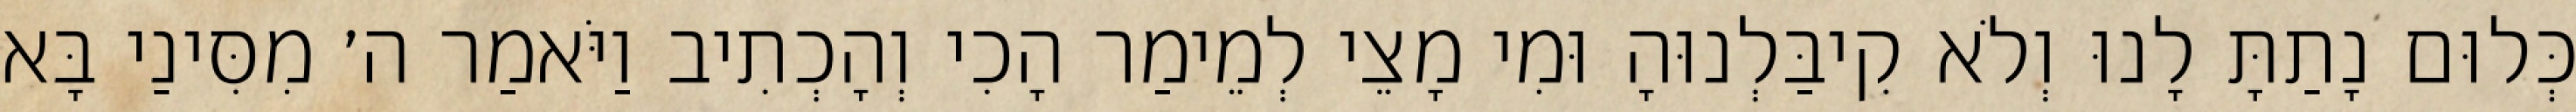
כְּלוּם נָתַתָּ לָנוּ וְלֹא קִיבַּלְנוּהָ וּמִי מָצֵי לְמֵימַר הָכִי וְהָכְתִיב וַיֹּאמַר ה׳ מִסִּינַי בָּא